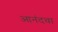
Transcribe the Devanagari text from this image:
आनंदचा